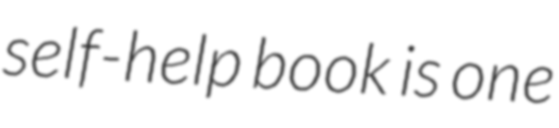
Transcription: self-help book is one